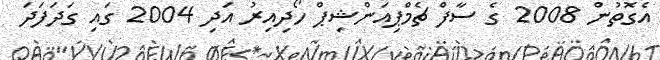
އެގޮތުން 2008 ގެ ސާފް ޗެމްޕިއަންޝިޕް ހޯދިއިރު އަދި 2004 ގައި ގަދަފަދަ